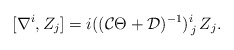
\begin{align*}[\nabla^i, Z_j] = i(({\cal C}\Theta + {\cal D})^{-1})^i_{\,j}\, Z_j.\end{align*}